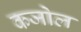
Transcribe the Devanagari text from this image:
कजोल